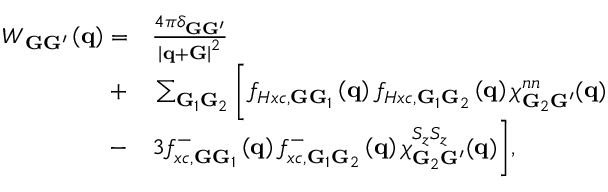
\begin{array} { r l } { W _ { { \bf G } { \bf G } ^ { \prime } } \left( { \bf q } \right) = } & { { } \frac { 4 \pi \delta _ { { \bf G } { \bf G } ^ { \prime } } } { \left| { \bf q } + { \bf G } \right| ^ { 2 } } } \\ { + } & { { } \sum _ { { \bf G } _ { 1 } { \bf G } _ { 2 } } \bigg [ f _ { H x c , \mathbf { G } \mathbf { G } _ { 1 } } \left( { \bf q } \right) f _ { H x c , \mathbf { G } _ { 1 } \mathbf { G } _ { 2 } } \left( { \bf q } \right) \chi _ { { \bf G } _ { 2 } { \bf G } ^ { \prime } } ^ { n n } ( { \bf q } ) } \\ { - } & { { } 3 f _ { x c , \mathbf { G } \mathbf { G } _ { 1 } } ^ { - } \left( { \bf q } \right) f _ { x c , \mathbf { G } _ { 1 } \mathbf { G } _ { 2 } } ^ { - } \left( { \bf q } \right) \chi _ { { \bf G } _ { 2 } { \bf G } ^ { \prime } } ^ { S _ { z } S _ { z } } ( { \bf q } ) \bigg ] , } \end{array}